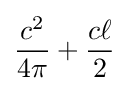
{\frac {c^{2}}{4\pi }}+{\frac {c\ell }{2}}